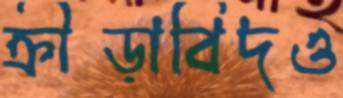
ক্রীড়াবিদও